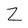
Character: Z